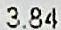
3.84